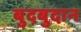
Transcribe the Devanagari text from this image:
बुदबुदान